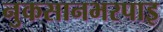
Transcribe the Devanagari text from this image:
नुकसानभरपाइ